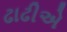
ઢાઢીએ